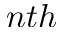
n t h